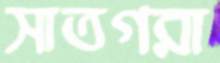
সাতগরা